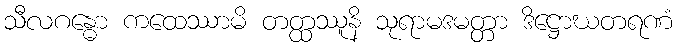
သီလဂန္ဓော ကထေဿာမိ တတ္ထဿူနိ သုရာမဒမတ္တာ ဒိဋ္ဌောဃတရဏံ